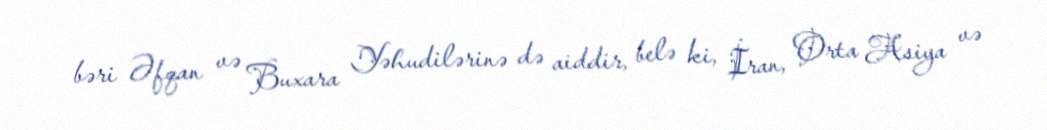
bəri Əfqan və Buxara Yəhudilərinə də aiddir, belə ki, İran, Orta Asiya və